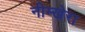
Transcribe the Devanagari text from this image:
नीम्खेरा